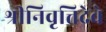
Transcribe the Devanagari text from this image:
श्रीनिवृत्तिदेवे